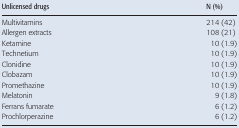
| Unlicensed drugs | N (%) |
 | --- | --- |
 | Multivitamins | 214 (42) |
 | Allergen extracts | 108 (21) |
 | Ketamine | 10 (1.9) |
 | Technetium | 10 (1.9) |
 | Clonidine | 10 (1.9) |
 | Clobazam | 10 (1.9) |
 | Promethazine | 10 (1.9) |
 | Melatonin | 9 (1.8) |
 | Ferrans fumarate | 6 (1.2) |
 | Prochlorperazine | 6 (1.2) |